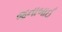
જનાબાઈ